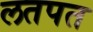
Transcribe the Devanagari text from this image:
लतपत